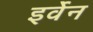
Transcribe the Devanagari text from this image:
इर्वेन